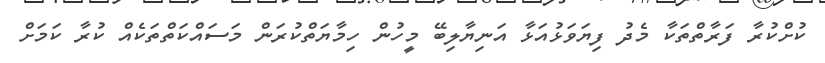
ކުށްކުރާ ފަރާތްތަކާ މެދު ފިޔަވަޅުއަޅާ އަނިޔާލިބޭ މީހުން ހިމާޔަތްކުރަން މަސައްކަތްތަކެއް ކުރާ ކަމަށް